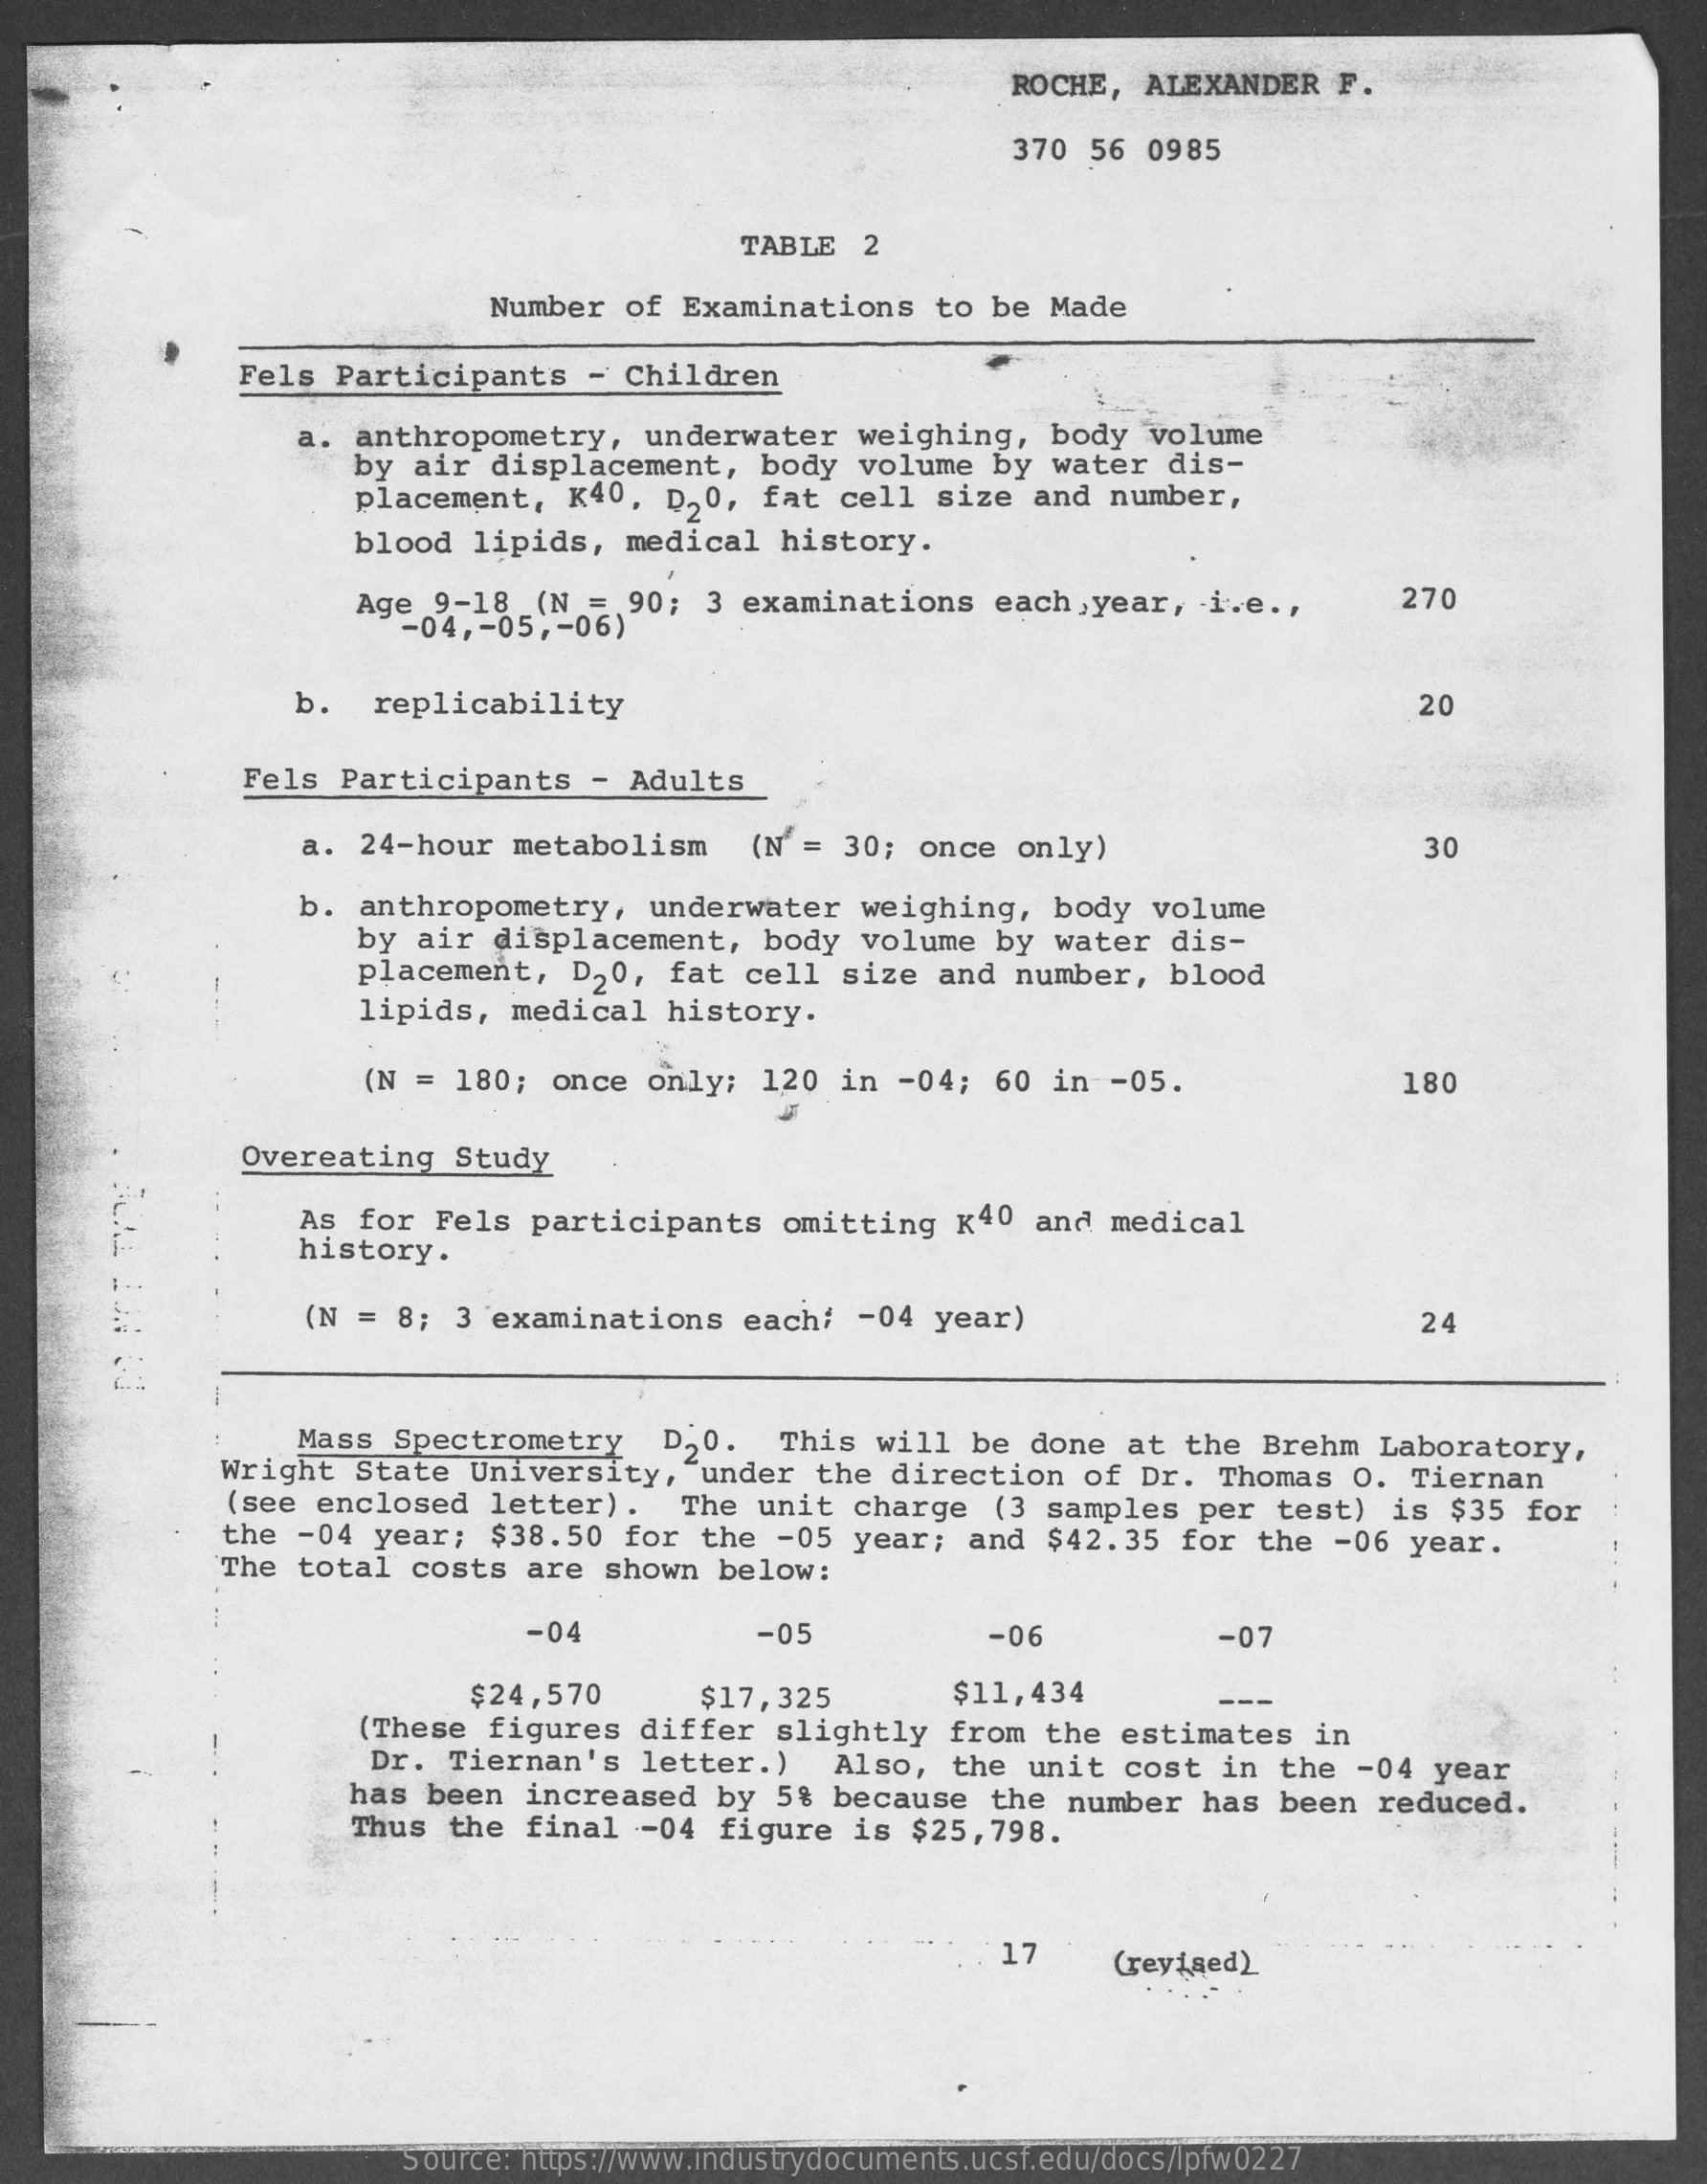
ROCHE, ALEXANDER F.
     370 56 0985
     TABLE 2
     Number of Examinations to be Made
     Fels Participants - Children
     a. anthropometry, underwater weighing, body volume
     by air displacement, body volume by water dis-
     placement, K40, D50, fat cell size and number,
     blood lipids, medical history.
     Age 9-18 _(N = 90; 3 examinations each, year, i.e .,
     -04 ,- 05 ,- 06)
     270
     b. replicability    20
     Fels Participants - Adults
     a. 24-hour metabolism (N = 30; once only)    30
     b. anthropometry, underwater weighing, body volume
     by air displacement, body volume by water dis-
     placement, D20, fat cell size and number, blood
     lipids, medical history.
     (N = 180; once only; 120 in -04; 60 in -05.    180
     Overeating Study
     history.
     As for Fels participants omitting k40 and medical
     (N = 8; 3 examinations each; - 04 year)    24
     Mass Spectrometry D50. This will be done at the Brehm Laboratory,
     Wright State University, "under the direction of Dr. Thomas O. Tiernan
     (see enclosed letter). The unit charge (3 samples per test) is $35 for
     the -04 year; $38.50 for the -05 year; and $42.35 for the -06 year.
     The total costs are shown below:
     -04    -05    -06    -07
     $24,570   $17,325    $11,434
     (These figures differ slightly from the estimates in
     Dr. Tiernan's letter.) Also, the unit cost in the -04 year
     has been increased by 5% because the number has been reduced.
     Thus the final -04 figure is $25,798.
     17   (reyised)
     Source: https://www.industrydocuments.ucsf.edu/docs/lpfw0227